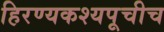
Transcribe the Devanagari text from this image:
हिरण्यकश्यपूचीच